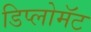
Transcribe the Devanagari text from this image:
डिप्लोमॅट